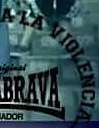
ALA VIOLENCIA